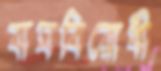
বাঘবিরোধী